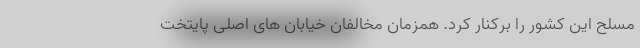
مسلح این کشور را برکنار کرد. همزمان مخالفان خیابان های اصلی پایتخت